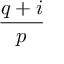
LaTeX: \frac { q + i } { p }